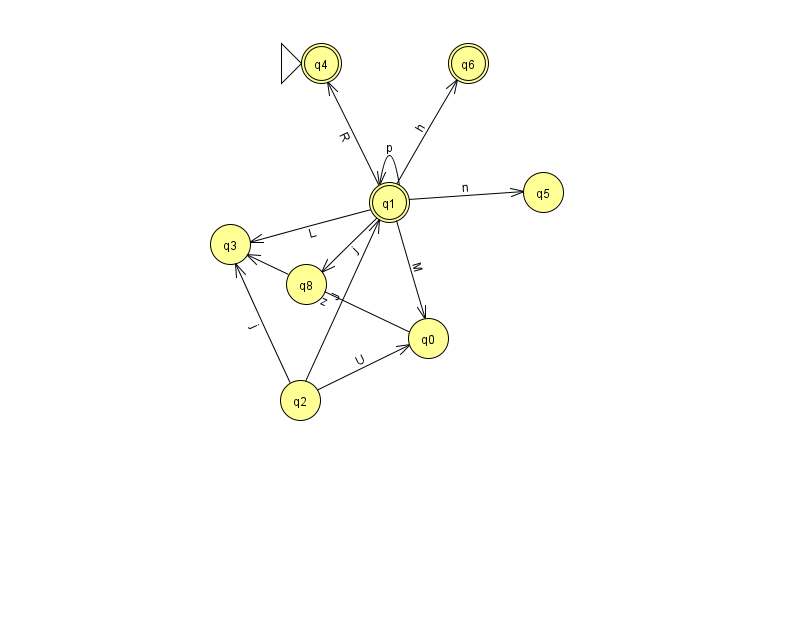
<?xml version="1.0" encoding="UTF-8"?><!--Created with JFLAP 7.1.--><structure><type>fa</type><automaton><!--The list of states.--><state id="0" name="q0"><x>428.0</x><y>325.0</y></state><state id="1" name="q1"><x>389.0</x><y>189.0</y><final/></state><state id="2" name="q2"><x>300.0</x><y>387.0</y></state><state id="3" name="q3"><x>230.0</x><y>231.0</y></state><state id="4" name="q4"><x>321.0</x><y>50.0</y><initial/><final/></state><state id="5" name="q5"><x>543.0</x><y>179.0</y></state><state id="6" name="q6"><x>468.0</x><y>50.0</y><final/></state><state id="8" name="q8"><x>306.0</x><y>271.0</y></state><!--The list of transitions.--><transition><from>1</from><to>1</to><read>p</read></transition><transition><from>2</from><to>3</to><read>j</read></transition><transition><from>1</from><to>3</to><read>L</read></transition><transition><from>1</from><to>6</to><read>h</read></transition><transition><from>1</from><to>0</to><read>M</read></transition><transition><from>1</from><to>8</to><read>j</read></transition><transition><from>1</from><to>4</to><read>R</read></transition><transition><from>1</from><to>5</to><read>n</read></transition><transition><from>2</from><to>0</to><read>U</read></transition><transition><from>0</from><to>3</to><read>z</read></transition><transition><from>2</from><to>1</to><read>J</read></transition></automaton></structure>